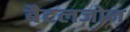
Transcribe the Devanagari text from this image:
बैटलजोन